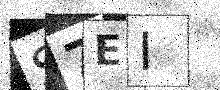
Text: S7EI